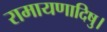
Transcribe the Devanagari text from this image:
रामायणादिषु।